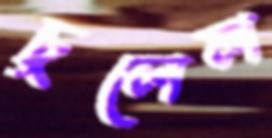
চুলেল